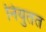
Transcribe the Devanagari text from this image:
नियुतत